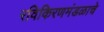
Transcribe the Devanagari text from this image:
रविकिरणमंडळाचे